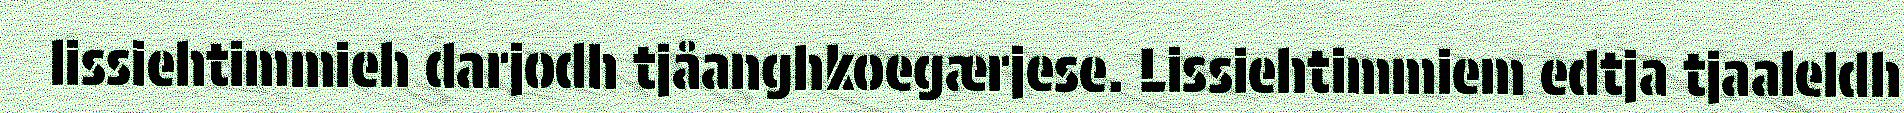
lissiehtimmieh darjodh tjåanghkoegærjese. Lissiehtimmiem edtja tjaaleldh